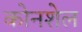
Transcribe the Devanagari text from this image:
कोनशेल